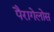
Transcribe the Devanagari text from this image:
पैरागेलोस